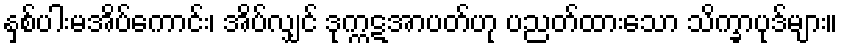
နှစ်ပါးမအိပ်ကောင်း၊ အိပ်လျှင် ဒုက္ကဋအာပတ်ဟု ပညတ်ထားသော သိက္ခာပုဒ်များ။